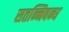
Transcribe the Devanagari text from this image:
सतन्निबन्ध